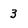
Character: 3